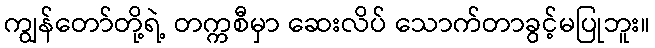
ကျွန်တော်တို့ရဲ့ တက္ကစီမှာ ဆေးလိပ် သောက်တာခွင့်မပြုဘူး။